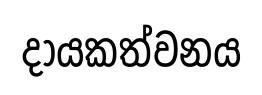
දායකත්වනය